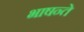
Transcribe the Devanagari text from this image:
भाषन्ते